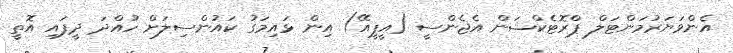
އެންވަޔަރުމަންޓަލް ޕްރޮޓެކްޝަން އެޖެންސީ (އީޕީއޭ) އިން ޅައިމަގު ކައުންސިލަށް ހުއްދަ ދީފައި އޮތީ